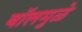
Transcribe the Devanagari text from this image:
बॉलमुळे